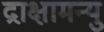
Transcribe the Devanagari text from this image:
द्राक्षामन्यु